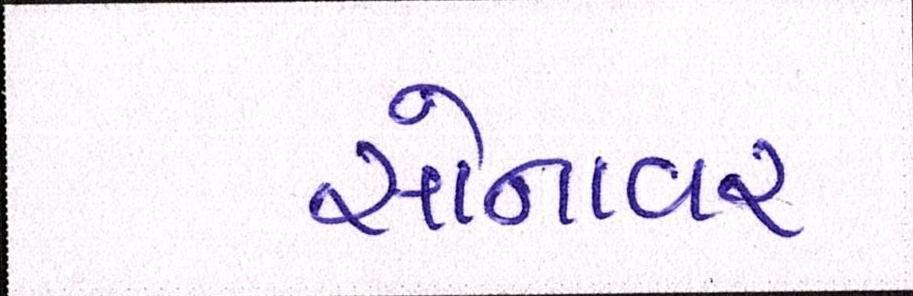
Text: સોનાવર